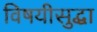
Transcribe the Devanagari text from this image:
विषयीसुद्धा